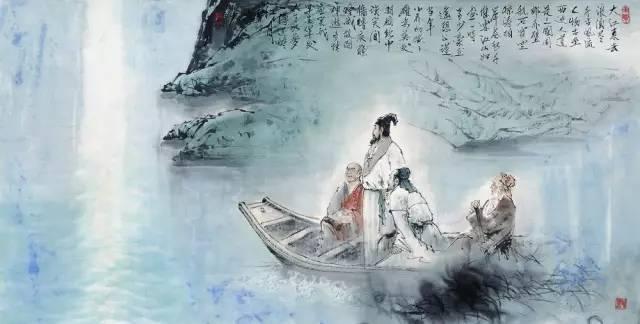
隔水毡乡，落日牛羊下，区脱纵横。